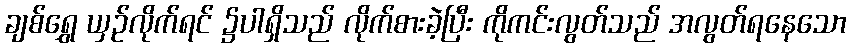
ချစ်ရွှေ ယှဉ်လိုက်ရင် ၌ပါရှိသည် လိုက်စားခဲ့ပြီး ကိုကင်းလွတ်သည် အလွတ်ရနေသော